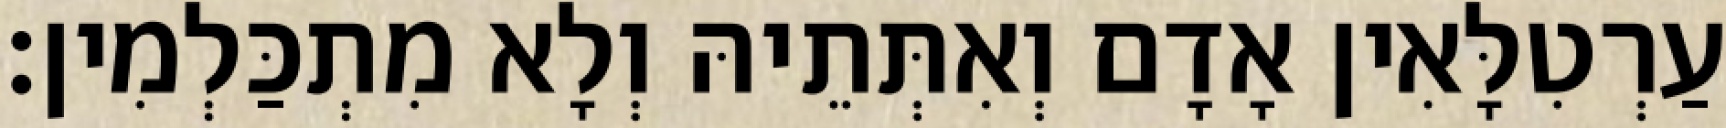
עַרְטִלָּאִין אָדָם וְאִתְּתֵיהּ וְלָא מִתְכַּלְמִין׃